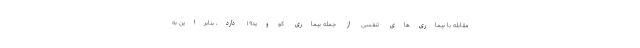
مقابله با بیماری‌های تنفسی از جمله بیماری کووید۱۹ دارد، بنابراین به